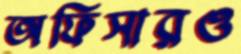
অফিসারও